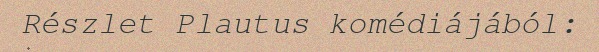
Részlet Plautus komédiájából: